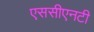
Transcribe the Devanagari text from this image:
एससीएनटी